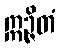
ဣဉ္ဇိတံ